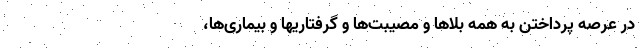
در عرصه پرداختن به همه بلاها و مصیبت‌ها و گرفتاریها و بیماری‌ها،